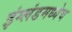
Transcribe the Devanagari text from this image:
इंग्लंडमध्येच